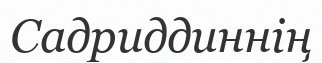
Садриддиннің